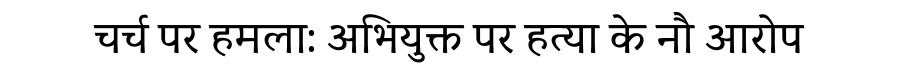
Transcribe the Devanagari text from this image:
चर्च पर हमला: अभियुक्त पर हत्या के नौ आरोप